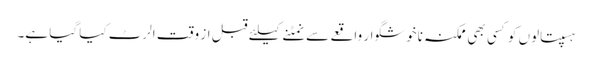
ہسپتالوں کو کسی بھی ممکنہ ناخوشگوار واقعے سے نمٹنے کیلئے قبل از وقت الرٹ کیا گیا ہے۔